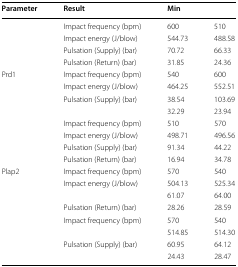
<table><thead><tr><td><b>Parameter</b></td><td><b>Result</b></td><td><b>Min</b></td><td>[EMPTY_CELL]</td></tr></thead><tbody><tr><td rowspan="4">[EMPTY_CELL]</td><td>Impact frequency (bpm)</td><td>600</td><td>510</td></tr><tr><td>Impact energy (J/blow)</td><td>544.73</td><td>488.58</td></tr><tr><td>Pulsation (Supply) (bar)</td><td>70.72</td><td>66.33</td></tr><tr><td>Pulsation (Return) (bar)</td><td>31.85</td><td>24.36</td></tr><tr><td rowspan="4">Prd1</td><td>Impact frequency (bpm)</td><td>540</td><td>600</td></tr><tr><td>Impact energy (J/blow)</td><td>464.25</td><td>552.51</td></tr><tr><td>Pulsation (Supply) (bar)</td><td>38.54</td><td>103.69</td></tr><tr><td>[EMPTY_CELL]</td><td>32.29</td><td>23.94</td></tr><tr><td rowspan="4">[EMPTY_CELL]</td><td>Impact frequency (bpm)</td><td>510</td><td>570</td></tr><tr><td>Impact energy (J/blow)</td><td>498.71</td><td>496.56</td></tr><tr><td>Pulsation (Supply) (bar)</td><td>91.34</td><td>44.22</td></tr><tr><td>Pulsation (Return) (bar)</td><td>16.94</td><td>34.78</td></tr><tr><td rowspan="4">Plap2</td><td>Impact frequency (bpm)</td><td>570</td><td>540</td></tr><tr><td>Impact energy (J/blow)</td><td>504.13</td><td>525.34</td></tr><tr><td>[EMPTY_CELL]</td><td>61.07</td><td>64.00</td></tr><tr><td>Pulsation (Return) (bar)</td><td>28.26</td><td>28.59</td></tr><tr><td rowspan="4">[EMPTY_CELL]</td><td>Impact frequency (bpm)</td><td>570</td><td>540</td></tr><tr><td>[EMPTY_CELL]</td><td>514.85</td><td>514.30</td></tr><tr><td>Pulsation (Supply) (bar)</td><td>60.95</td><td>64.12</td></tr><tr><td>[EMPTY_CELL]</td><td>24.43</td><td>28.47</td></tr></tbody></table>